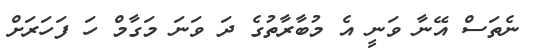
ނެތަސް އޭނާ ވަނީ އެ މުބާރާތުގެ ދަ ވަނަ މަގާމް ހަ ފަހަރަށް